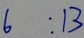
6 : 1 3